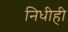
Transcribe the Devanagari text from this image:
निधीही